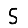
Digit: 5